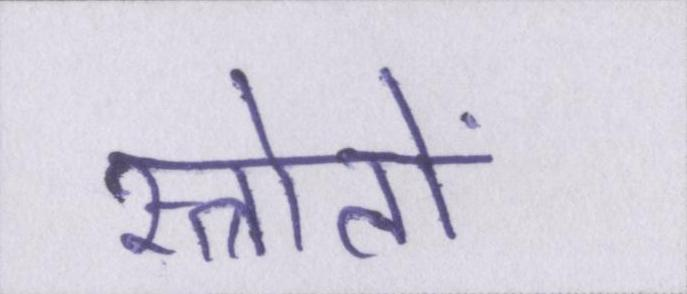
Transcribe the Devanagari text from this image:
स्त्रोतों